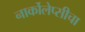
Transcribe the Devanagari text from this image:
नार्कोलेप्सीचा